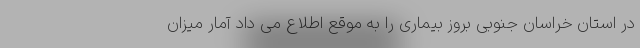
در استان خراسان جنوبی بروز بیماری را به موقع اطلاع می داد آمار میزان